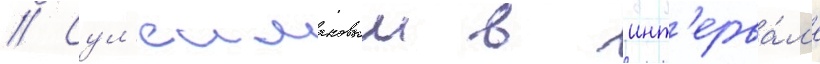
// Сул'еимановым в инт'ерва́л'е